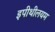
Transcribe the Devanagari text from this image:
इपीथीलयम